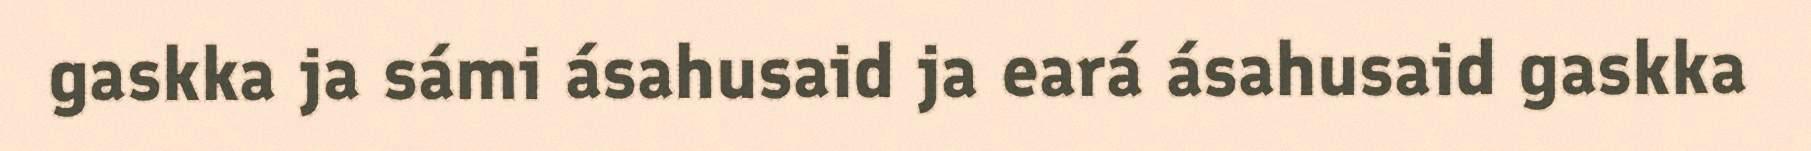
gaskka ja sámi ásahusaid ja eará ásahusaid gaskka